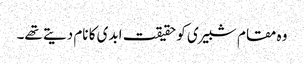
وہ مقام شبیری کو حقیقت ابدی کا نام دیتے تھے۔